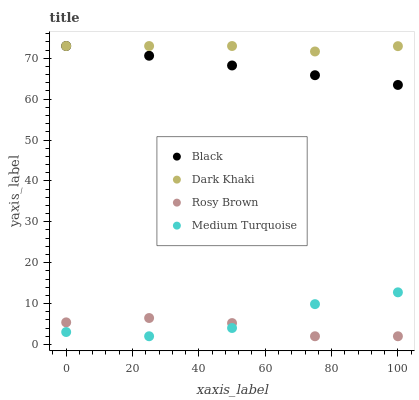
| xaxis_label | Black | Dark Khaki | Rosy Brown | Medium Turquoise |
 | --- | --- | --- | --- | --- |
 | 0 | 73 | 73 | 5.4 | 3.03 |
 | 25 | 70.6 | 73 | 6.46 | 2 |
 | 50 | 68.2 | 73 | 5.23 | 4.02 |
 | 75 | 65.9 | 71.7 | 2 | 9.86 |
 | 100 | 63.5 | 73 | 2 | 12.7 |